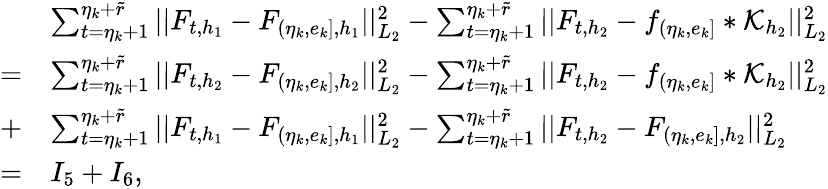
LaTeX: \begin{array}{rl}&{\sum_{t=\eta_{k}+1}^{\eta_{k}+\widetilde{r}}\vert\vert F_{t,{h_{1}}}-F_{(\eta_{k},e_{k}],{h_{1}}}\vert\vert_{L_{2}}^{2}-\sum_{t=\eta_{k}+1}^{\eta_{k}+\widetilde{r}}\vert\vert F_{t,{h_{2}}}-f_{(\eta_{k},e_{k}]}\ast\mathcal{K}_{h_{2}}\vert\vert_{L_{2}}^{2}}\\ {=}&{\sum_{t=\eta_{k}+1}^{\eta_{k}+\widetilde{r}}\vert\vert F_{t,{h_{2}}}-F_{(\eta_{k},e_{k}],{h_{2}}}\vert\vert_{L_{2}}^{2}-\sum_{t=\eta_{k}+1}^{\eta_{k}+\widetilde{r}}\vert\vert F_{t,{h_{2}}}-f_{(\eta_{k},e_{k}]}\ast\mathcal{K}_{h_{2}}\vert\vert_{L_{2}}^{2}}\\ {+}&{\sum_{t=\eta_{k}+1}^{\eta_{k}+\widetilde{r}}\vert\vert F_{t,{h_{1}}}-F_{(\eta_{k},e_{k}],{h_{1}}}\vert\vert_{L_{2}}^{2}-\sum_{t=\eta_{k}+1}^{\eta_{k}+\widetilde{r}}\vert\vert F_{t,{h_{2}}}-F_{(\eta_{k},e_{k}],{h_{2}}}\vert\vert_{L_{2}}^{2}}\\ {=}&{I_{5}+I_{6},}\end{array}